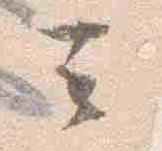
云